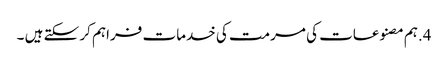
4.ہم مصنوعات کی مرمت کی خدمات فراہم کر سکتے ہیں ۔